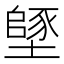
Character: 𡑸